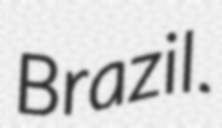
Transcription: Brazil.